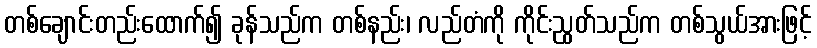
တစ်ချောင်းတည်းထောက်၍ ခုန်သည်က တစ်နည်း၊ လည်တံကို ကိုင်းညွတ်သည်က တစ်သွယ်အားဖြင့်